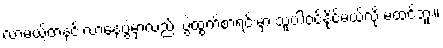
လာမယ့်တနင်းလာနေ့ပွဲမှာလည်း ပွဲထွက်စာရင်းမှာ သူပါဝင်နိုင်မယ်လို့ မထင်ဘူး။